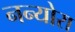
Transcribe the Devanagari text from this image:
नन्योरा